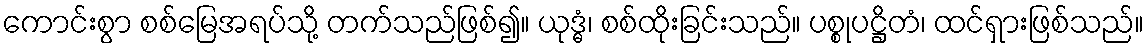
ကောင်းစွာ စစ်မြေအရပ်သို့ တက်သည်ဖြစ်၍။ ယုဒ္ဓံ၊ စစ်ထိုးခြင်းသည်။ ပစ္စုပဋ္ဌိတံ၊ ထင်ရှားဖြစ်သည်။